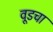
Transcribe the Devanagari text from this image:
वूडचा